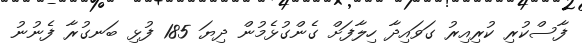
ފާސްކުރި ކުރިއިރު ގަވައިދާ ހިލާފަށް ގެންގުޅެމުން ދިޔަ 185 ފުޅި ބަނގުރާ ފެނުނު